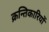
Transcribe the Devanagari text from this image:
क्रन्तिकारियों